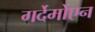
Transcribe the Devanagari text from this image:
गर्देर्मोएन